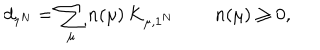
d _ { 1 ^ { N } } = \sum _ { \mu } n ( \mu ) \, K _ { \mu , 1 ^ { N } } \, \qquad n ( \mu ) \geq 0 ,